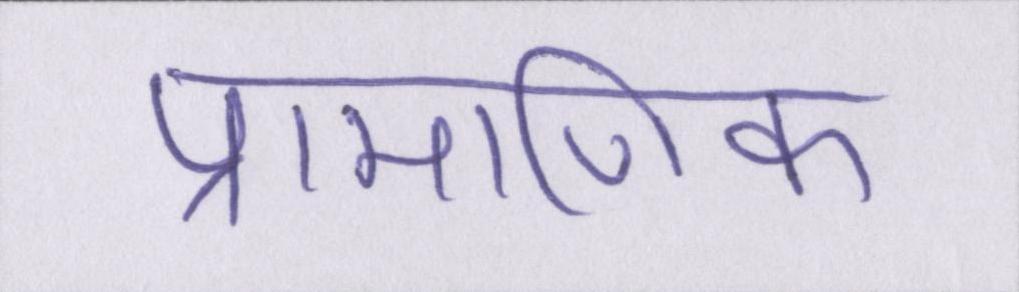
प्रामाणिक